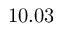
1 0 . 0 3